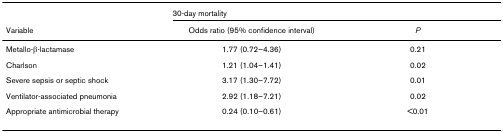
|  | <COLSPAN=2> 30-day mortality |
 | Variable | Odds ratio (95% confidence interval) | P |
 | --- | --- | --- |
 | Metallo-β-lactamase | 1.77 (0.72–4.36) | 0.21 |
 | Charlson | 1.21 (1.04–1.41) | 0.02 |
 | Severe sepsis or septic shock | 3.17 (1.30–7.72) | 0.01 |
 | Ventilator-associated pneumonia | 2.92 (1.18–7.21) | 0.02 |
 | Appropriate antimicrobial therapy | 0.24 (0.10–0.61) | <0.01 |